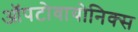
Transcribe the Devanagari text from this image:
ऑपटोवायोनिक्स